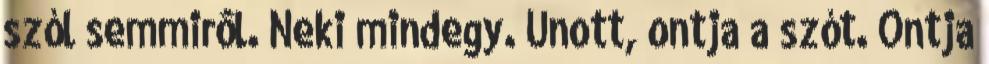
szól semmirôl. Neki mindegy. Unott, ontja a szót. Ontja